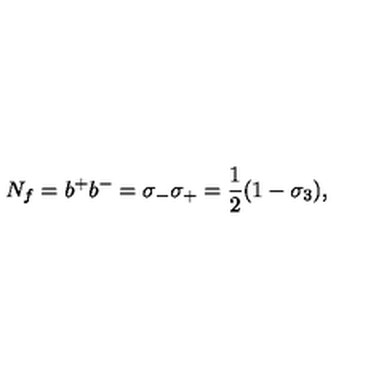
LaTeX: N _ { f } = b ^ { + } b ^ { - } = \sigma _ { - } \sigma _ { + } = \frac { 1 } { 2 } ( 1 - \sigma _ { 3 } ) ,